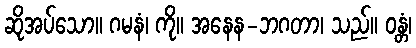
ဆိုအပ်သော။ ဂမနံ၊ ကို။ အနေန-ဘဂတာ၊ သည်။ ဝန္တံ၊